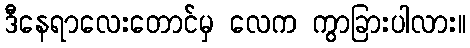
ဒီနေရာလေးတောင်မှ လေက ကွာခြားပါလား။